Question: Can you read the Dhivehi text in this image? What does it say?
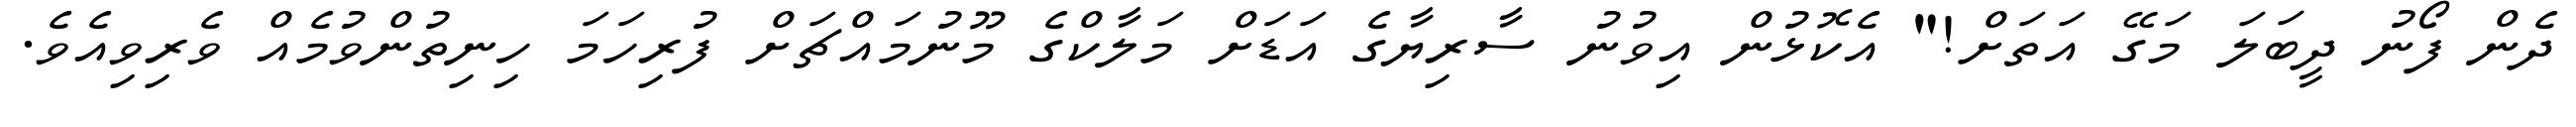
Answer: ދެން ފޯނު ދީބަލަ މަގޭ އަތަށް!" އެކޮޅުން އިވުނު ސާރިޔާގެ އަޑަށް މަލާކްގެ މޫނުމައްޗަށް ފުރިހަމަ ހިނިތުންވުމެއް ވެރިވިއެވެ.